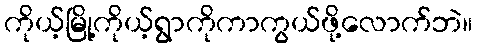
ကိုယ့်မြို့ကိုယ့်ရွာကိုကာကွယ်ဖို့လောက်ဘဲ။